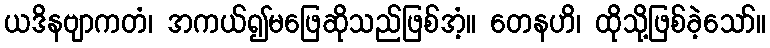
ယဒိနဗျာကတံ၊ အကယ်၍မဖြေဆိုသည်ဖြစ်အံ့။ တေနဟိ၊ ထိုသို့ဖြစ်ခဲ့သော်။